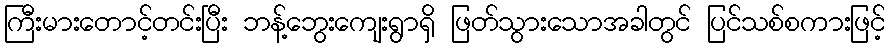
ကြီးမားတောင့်တင်းပြီး ဘန့်ဘွေးကျေးရွာရှိ ဖြတ်သွားသောအခါတွင် ပြင်သစ်စကားဖြင့်